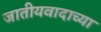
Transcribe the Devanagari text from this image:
जातीयवादाच्या